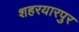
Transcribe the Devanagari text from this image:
शहरयारपुर